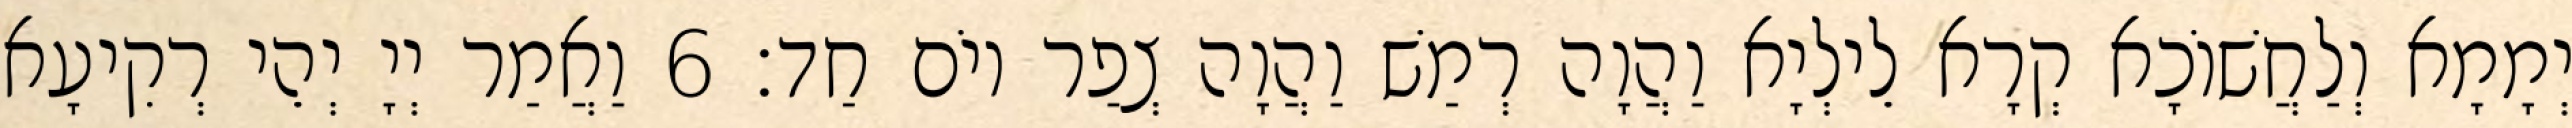
יְמָמָא וְלַחֲשׁוֹכָא קְרָא לֵילְיָא וַהֲוָה רְמַשׁ וַהֲוָה צְפַר יוֹם חַד׃ 6 וַאֲמַר יְיָ יְהֵי רְקִיעָא